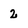
Character: 2